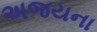
અજયના